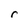
Character: r